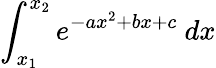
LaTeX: \int_{x_{1}}^{x_{2}}e^{-ax^{2}+bx+c}\ dx